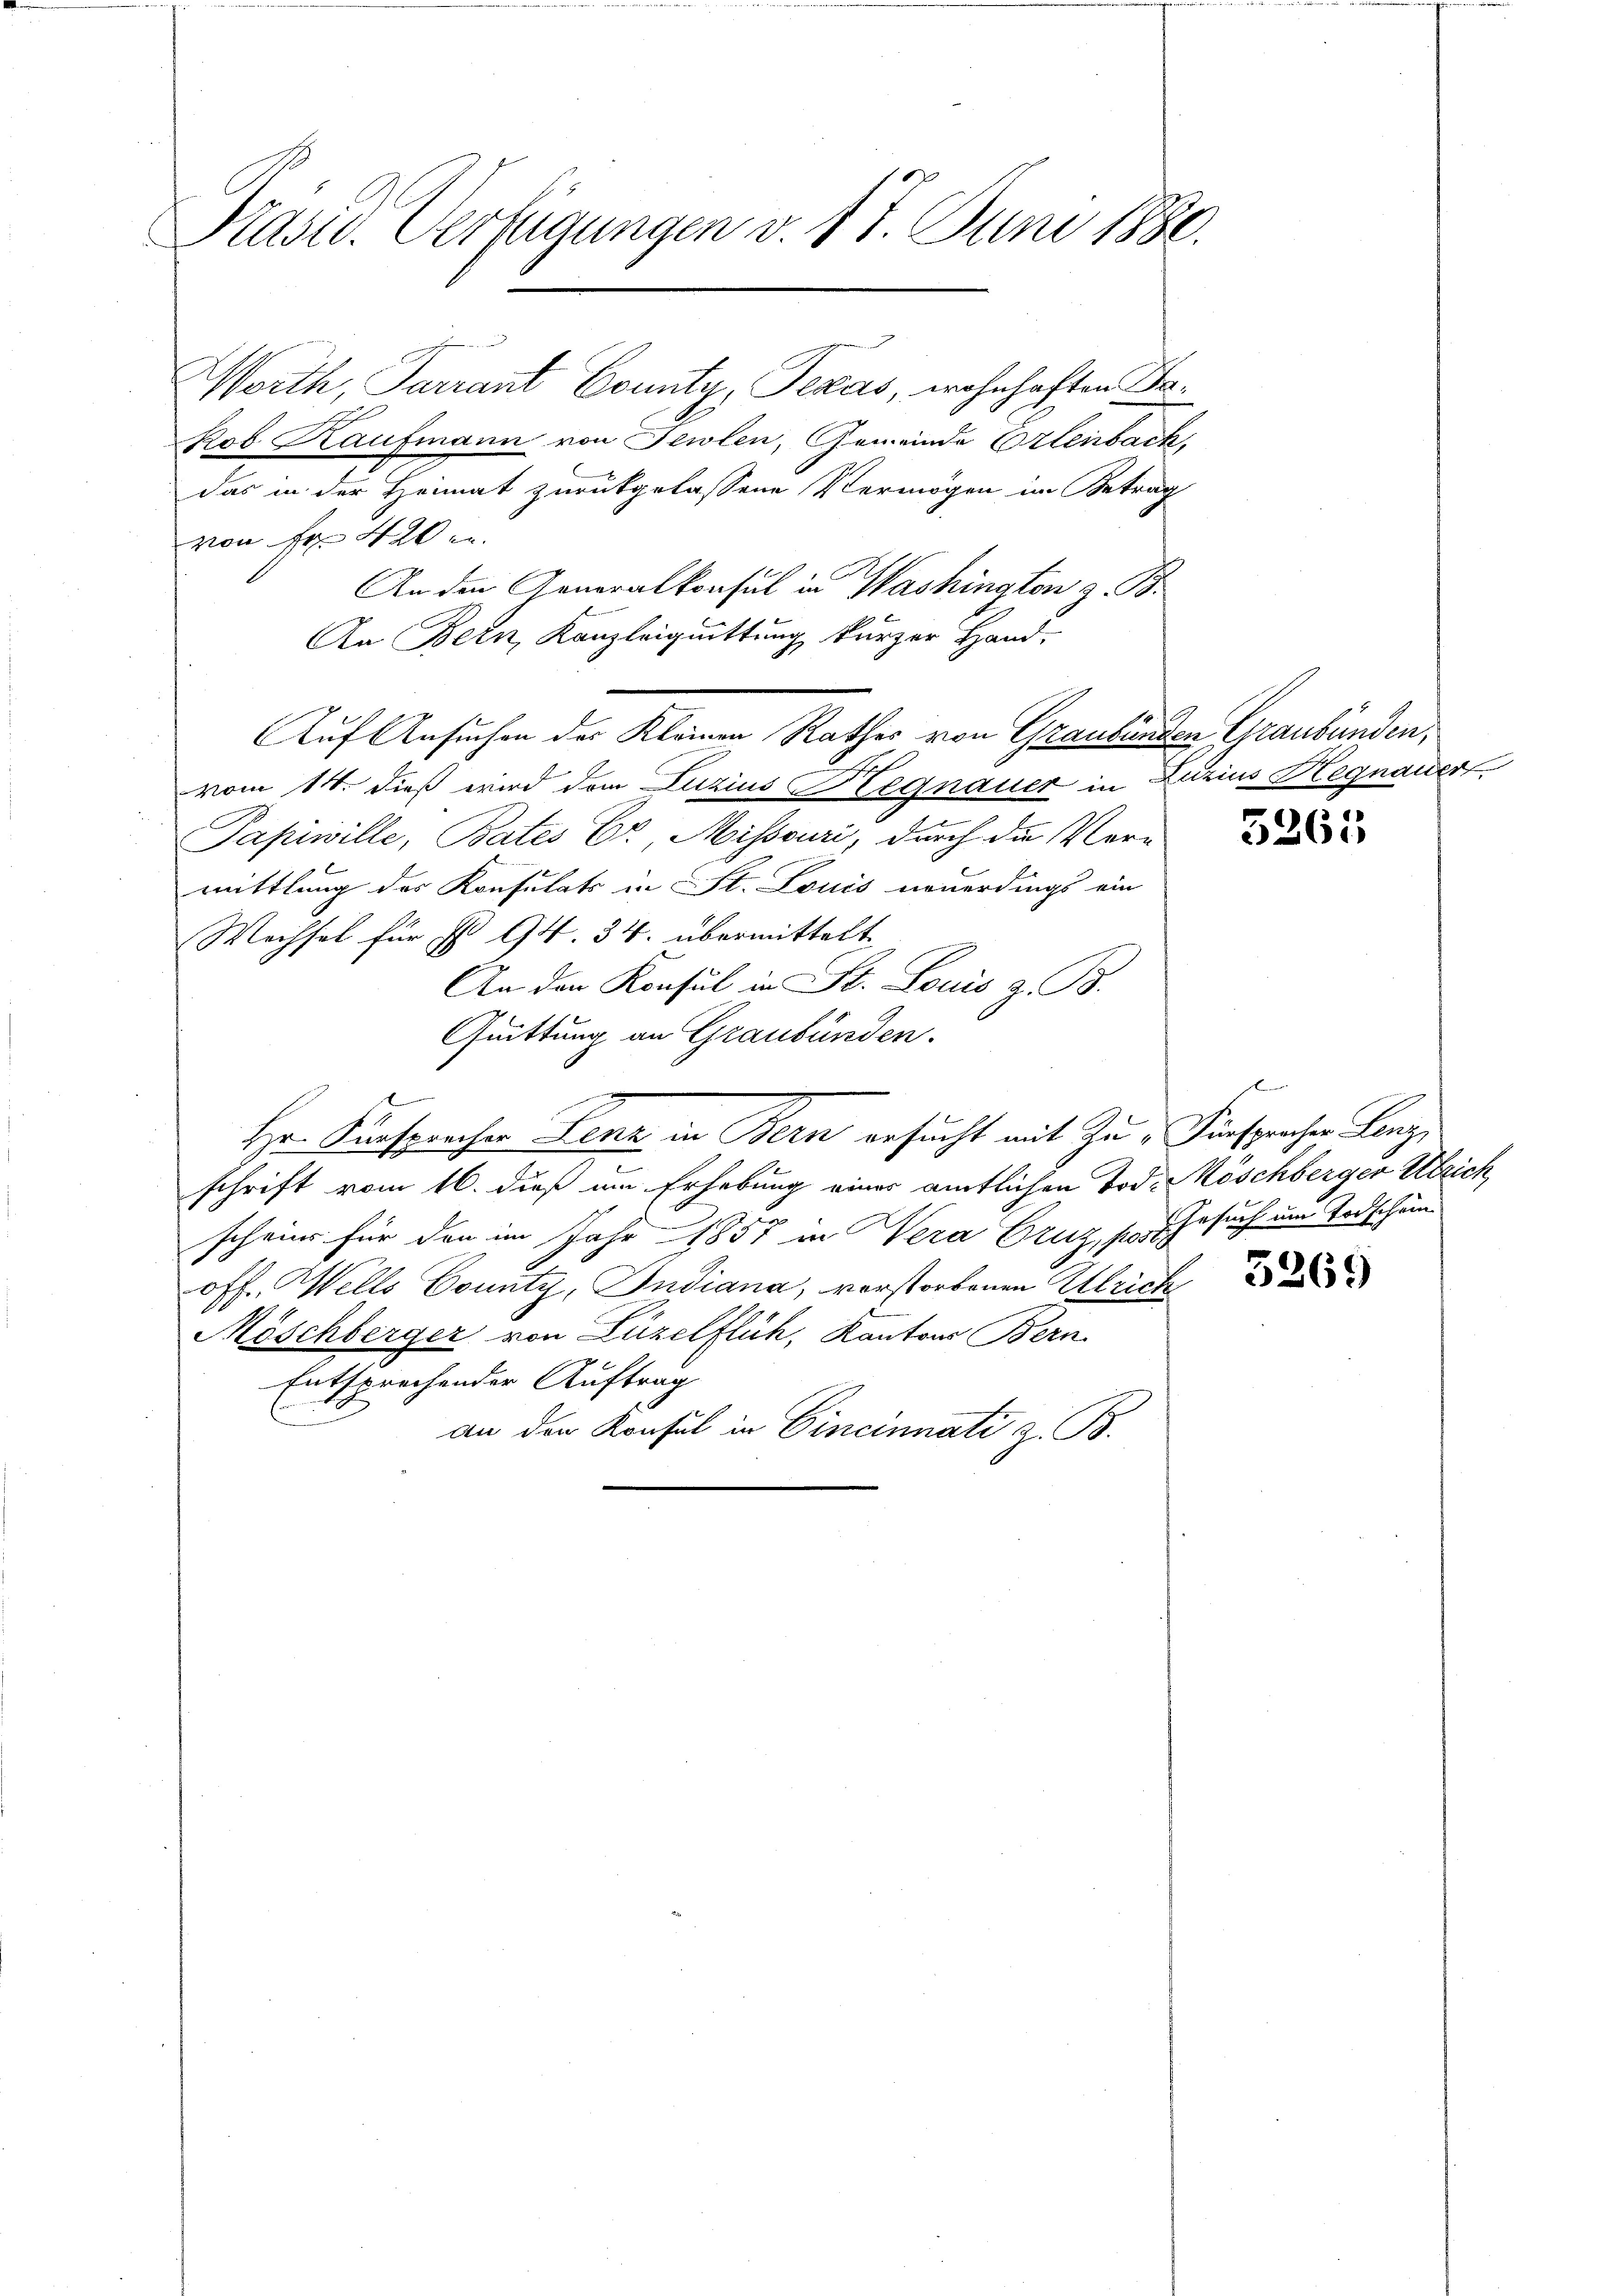
Präsid. Verfügungen v. 17. Juni 1880.

Worth, Parrant County, Texas, wohnhaften Bekob Kaufmann von Teilen, Gemeinde Erlenbach,
das in der Heimat zurückgelassene Vermögen im Betrag
von Fr. 420 u
An den Generalkonsul in Washington z. B.
An Bern, Kanzleiquittung kurzer Hand-
Auf Ansuchen des Kleinen Rathes von Graubünden Graubünden,
vom 14. dieß wird dem Luzius Hegnauer in Zurius Hegnauer
Papiwille, Bates Er, Misssuri, durch die Ver-
mittlung des Konsulats in St. Louis neuerdings ein
Wechsel für I 94. 34. übermittelt.
An den Konsul in St. Louis z. B.
Quittung an Graubünden.
Hr. Fürsprechen Lenz in Bern ersucht mit Zu "Fürsprachen Lenz
schrift vom 16. dieß um Erhebung eines amtlichen Tod. Möschberger Ulrich,
schein für den im Jahr 1857 in Vera Cruz, p. Gesuch um Todschänoff. Wells County, Indiana, verstorbenen Ulrich
Möschberger von Luzelflüh, Kantons Bern
Entsprechender Auftrag
an den Konsul in Cincinnati z. B.

5261

5269